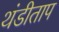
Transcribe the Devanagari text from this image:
थंडीताप